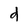
Character: d